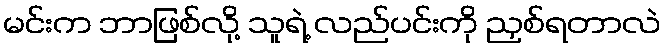
မင်းက ဘာဖြစ်လို့ သူရဲ့ လည်ပင်းကို ညှစ်ရတာလဲ